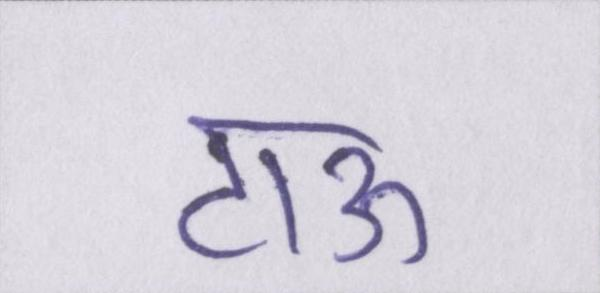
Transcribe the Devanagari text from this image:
टाऊ